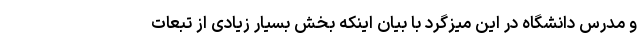
و مدرس دانشگاه در این میزگرد با بیان اینکه بخش بسیار زیادی از تبعات